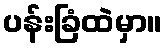
ပန်းခြံထဲမှာ။